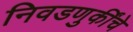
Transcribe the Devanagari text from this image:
निवडणुकींचे